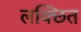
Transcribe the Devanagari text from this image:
लक्छित